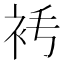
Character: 𧘧